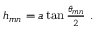
\begin{array} { r } { h _ { m n } = a \tan { \frac { \theta _ { m n } } { 2 } } \mathrm { ~ . ~ } } \end{array}